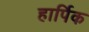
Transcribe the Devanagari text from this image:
हार्पिक